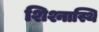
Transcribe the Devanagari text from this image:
शिश्नास्थि